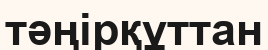
тәңірқұттан